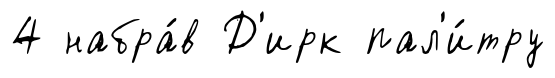
4 набра́в Д'ирк пал'и́тру